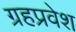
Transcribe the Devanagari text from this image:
ग्रहप्रवेश